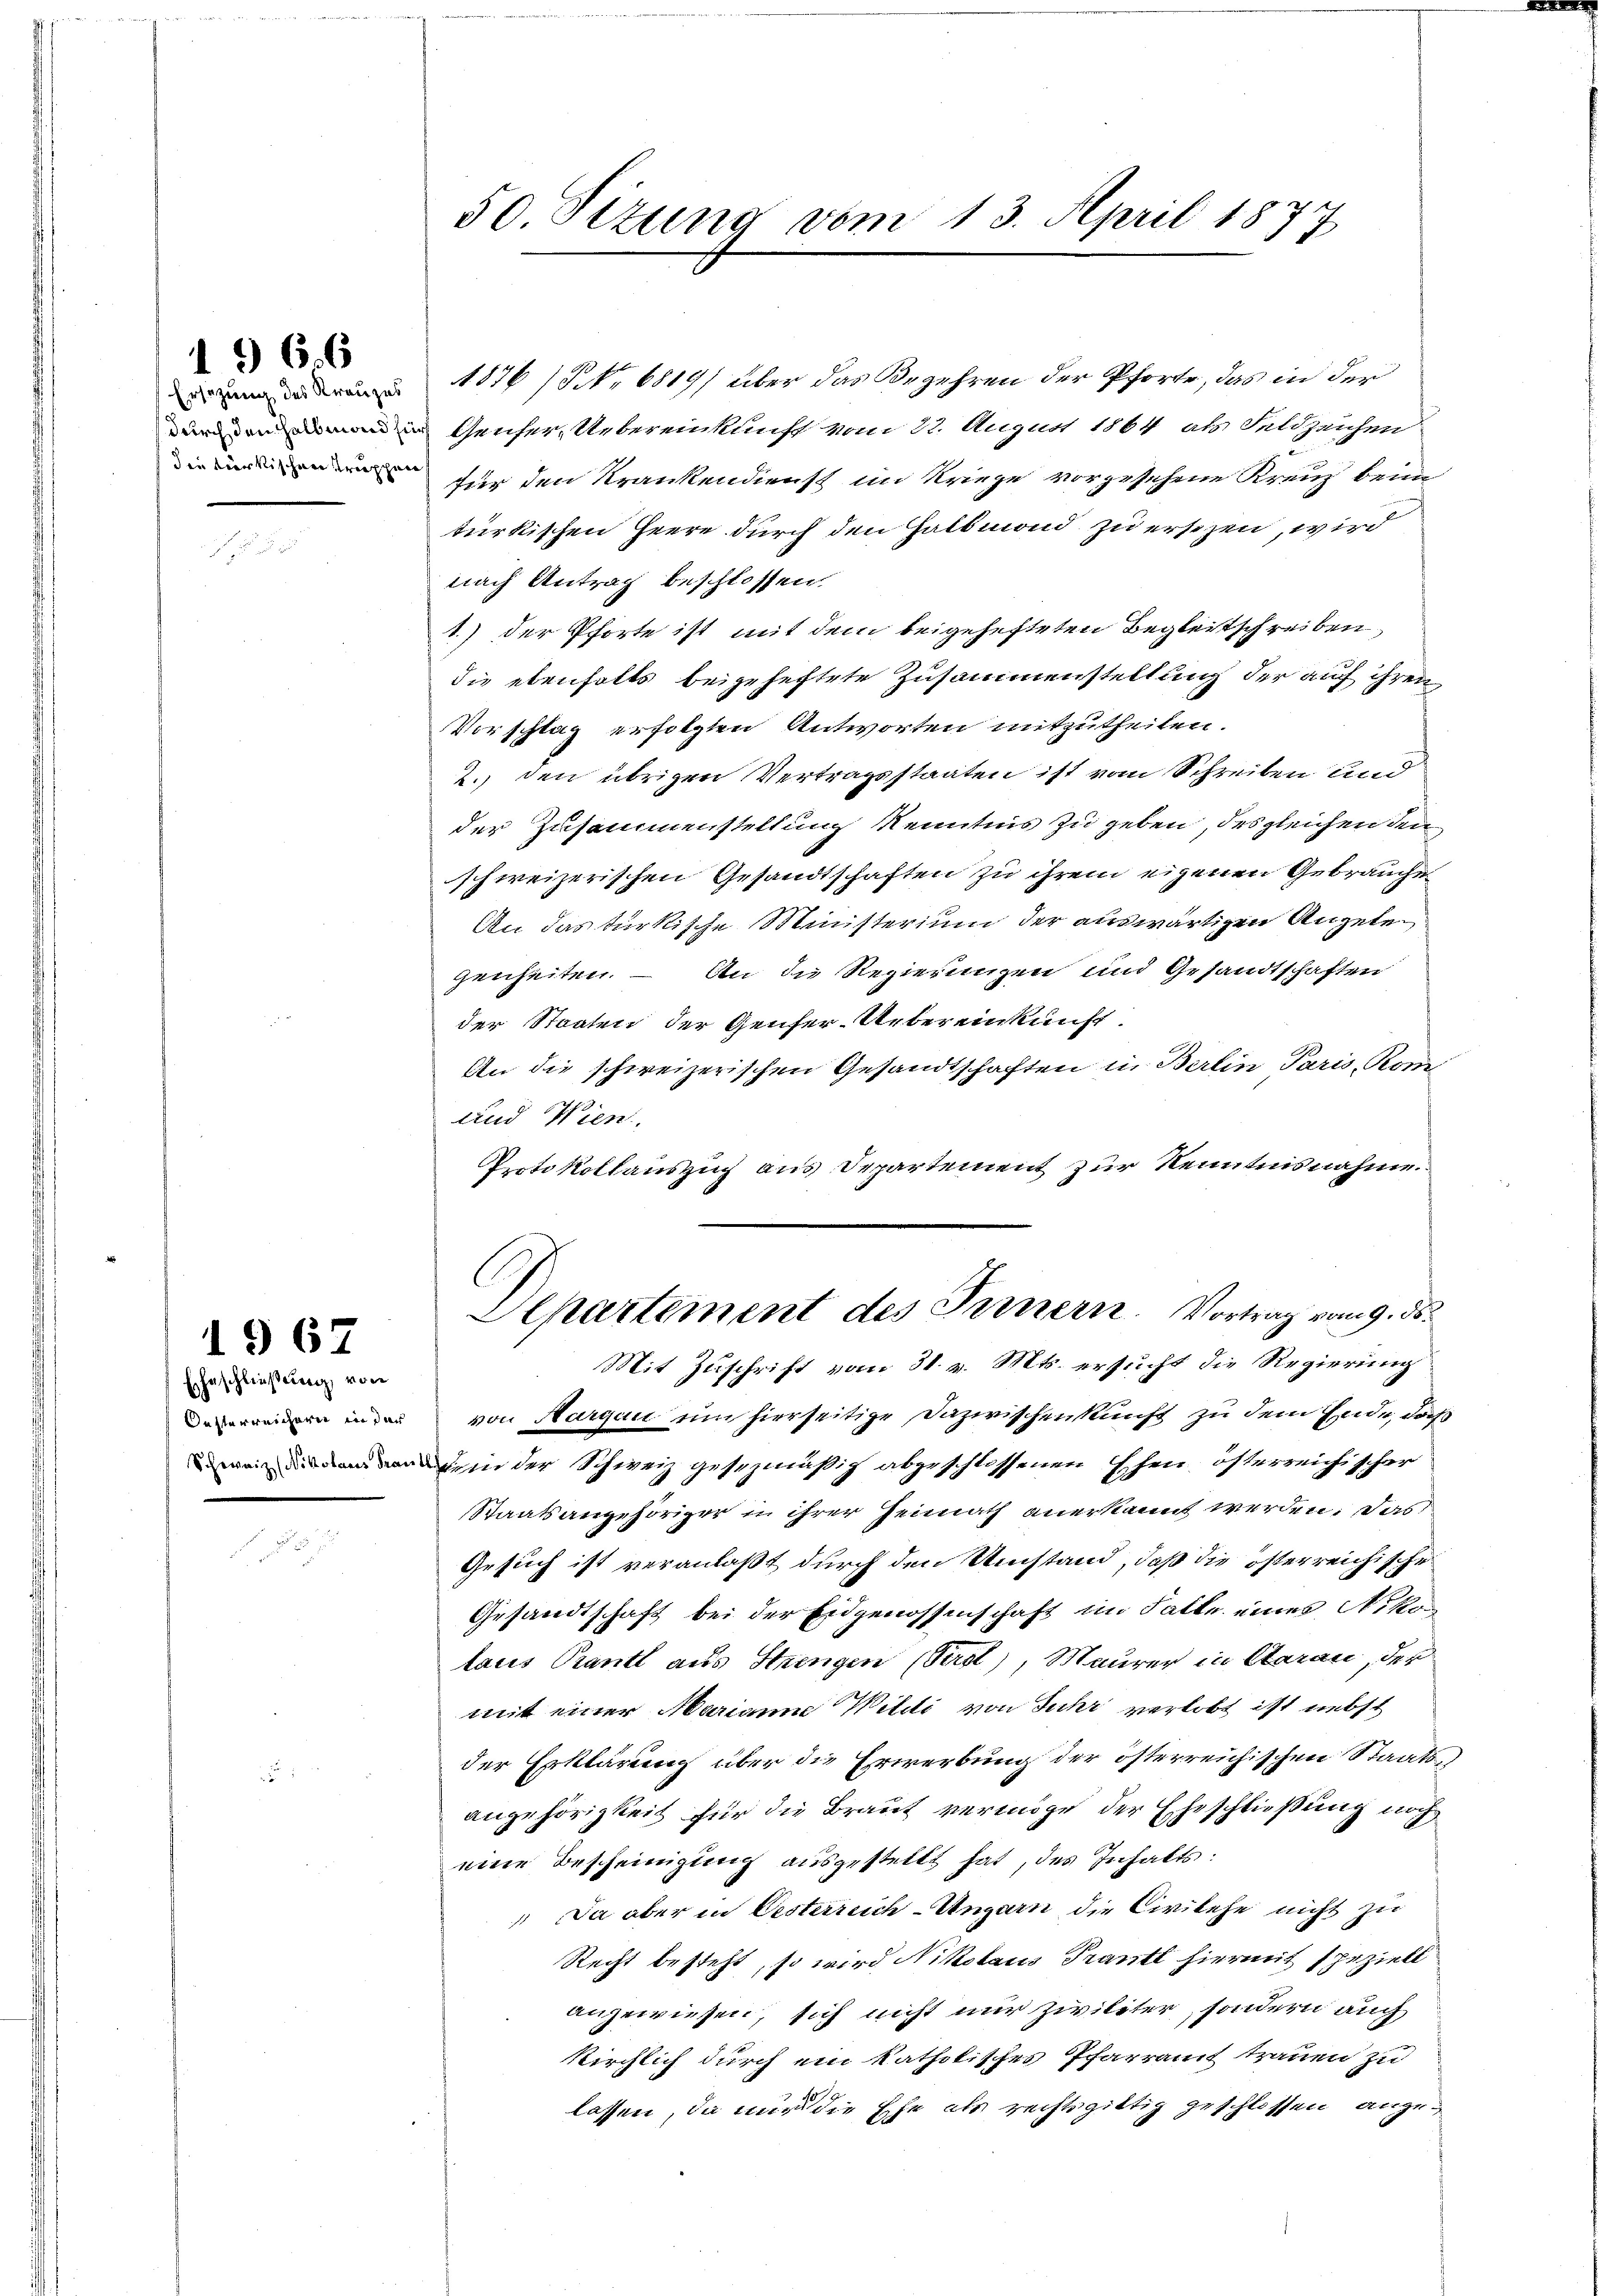
136. 6

Ersetzung des Kreuzes
(durch den halb mand hin
die türkischen Truppen

Eheschließung von
Oesterreicheren in der
8

1967

50. Sizung vom 13. April 1877

1876 (S. 6819) über das Begehren der Pforte, das in der
Genfer Uebereinkunft vom 22. August 1864, als Feldzeichen
für den Krankendienst im Kriege vorgesehene Kreuz beim
türkischen Heere durch den Halbmond zu ersezen, wird
nach Antrag beschlossen
1.) der Pforte ist mit dem beigehefteten Begleitschreiben,
die ebenfalls beigeheftete Zusammenstellung der auf ihren
Vorschlag erfolgten Antworten mitzutheilen.
2. den übrigen Vertragsstaaten ist vom Schreiben und
der Zusammenstellung Kenntnis zu geben, des gleichen den
schweizerischen Gesandtschaften zu ihrem eigenen Gebrauche
An das türkische Ministerium der auswärtigen Angele
genheiten. – An die Regierungen und Gesandtschaften
der Staaten der Genfer-Uebereinkunft.
An die schweizerischen Gesandtschaften in Berlin Paris, Kom-
und Wien,
Protokollauszug aus Departement zur Kenntnisnahme.

Departement des Fernern. Vortrag vom 9. ds.

Mit Zuschrift vom 31. v. Mts. ersucht die Regierung
von Aargau um hierseitige Dazwischenkunft zu dem Ende, daß
o in der Schweiz gesezmäßig abgeschlossenen Ehen österreichischer
Staatsangehöriger in ihrer Heimath anerkannt werden. Das
Gesuch ist veranlaßt durch den Umstand, daß die österreichische
Gesandtschaft bei der Eidgenossenschaft im Falte eines Nikon
taus Prantl aus Strengen (Perel), Maurer in Aarau, der
mit einer Marianne Witti von Jahr verlobt ist nebst
der Erklärung über die Erwerbung der österreichischen Staatsangehörigkeit für die Braut vermöge der Eheschließung noch
eine Bescheinigung ausgestellt hat, des Inhalts:
 Da aber in Oesterreich-Ungarn die Civilehe nicht zu
Recht besteht, so wird Nikolaus Trantl hiermit speziell
anzuwiesen, sich nicht nur Zivileter, sondern auch
Kirchlich durch ein katholisches Pfarramt trauen zu
lassen, da nur die Ehe als rechtsgittig geschlossen anzu¬